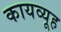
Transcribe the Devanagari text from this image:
कायव्यूह